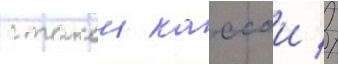
с такои кассои //